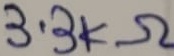
Text: 3,3KΩ